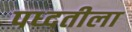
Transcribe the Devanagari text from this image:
पध्दतीला